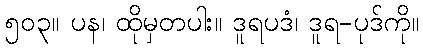
၅၀၃။ ပန၊ ထိုမှတပါး။ ဒူရပဒံ၊ ဒူရ-ပုဒ်ကို။